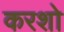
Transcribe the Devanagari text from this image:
करशो